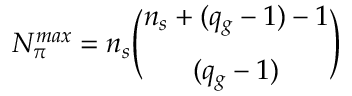
N _ { \pi } ^ { m a x } = n _ { s } \binom { n _ { s } + ( q _ { g } - 1 ) - 1 } { ( q _ { g } - 1 ) }